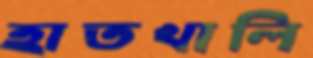
হাতখালি